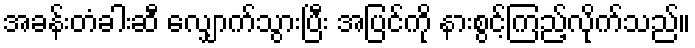
အခန်းတံခါးဆီ လျှောက်သွားပြီး အပြင်ကို နားစွင့်ကြည့်လိုက်သည်။